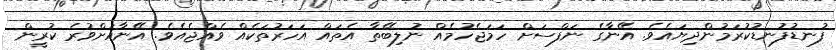
ފުނޑުފުނޑުކުރަމުންދިޔައެވެ. އޭނާގެ ނަފްސަށް ހަމަޖެހުމެއް ނުލިބޭތާ އެތައް އަހަރުތަކެއް ވެއްޖެއެވެ. އޭނާއަށްވުރެ ކުރީން